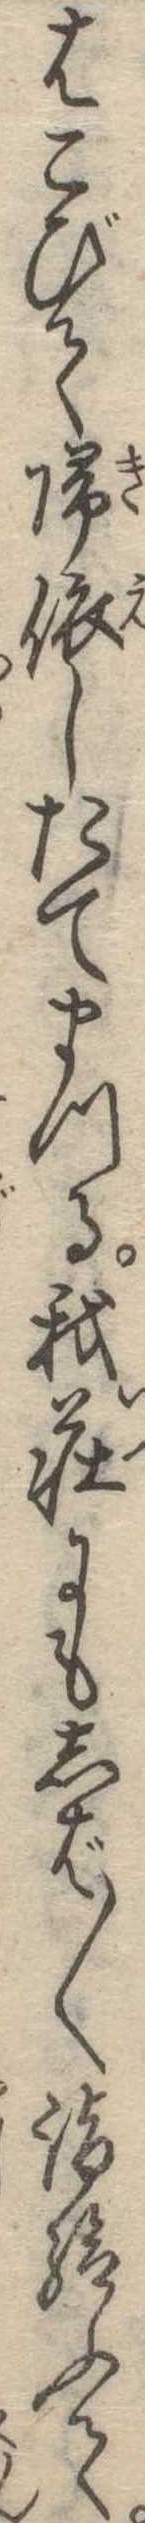
はこびて帰依したてまつる我荘にもしば〱詣給ふて